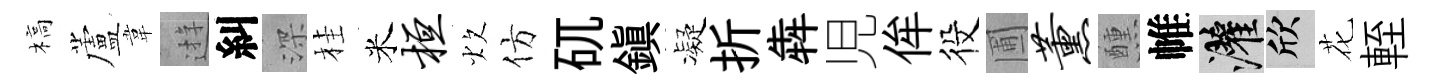
槁蘆韋逰糾深桂米桓炊仿矹鎮凝折犇児侔役圃薰醺帷灌欣花輊